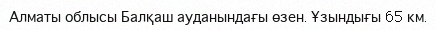
Алматы облысы Балқаш ауданындағы өзен. Ұзындығы 65 км.